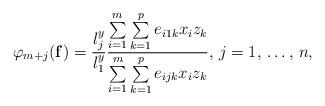
LaTeX: \begin{align*}\varphi_{m+j}(\mathbf{f})=\frac{l_{j}^{y}}{l_{1}^{y}}\frac{\sum\limits_{i=1}^m \sum\limits_{k=1}^p {e_{i1k}x_{i}z_{k}} }{\sum\limits_{i=1}^m \sum\limits_{k=1}^p {e_{ijk}x_{i}z_{k}} },\thinspace j=1,\thinspace \mathellipsis ,\thinspace n,\end{align*}